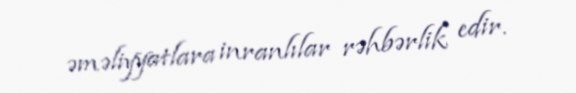
əməliyyatlara inranlılar rəhbərlik edir.